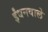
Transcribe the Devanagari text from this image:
ईंधनवाले